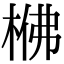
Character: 梻